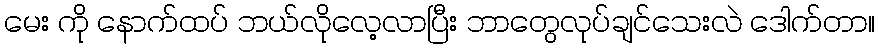
မေး ကို နောက်ထပ် ဘယ်လိုလေ့လာပြီး ဘာတွေလုပ်ချင်သေးလဲ ဒေါက်တာ။